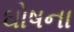
ઘોષના